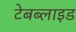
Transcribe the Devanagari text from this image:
टेबब्लाइड